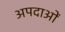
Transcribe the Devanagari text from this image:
अपदाओं